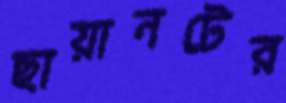
ছায়ানটের